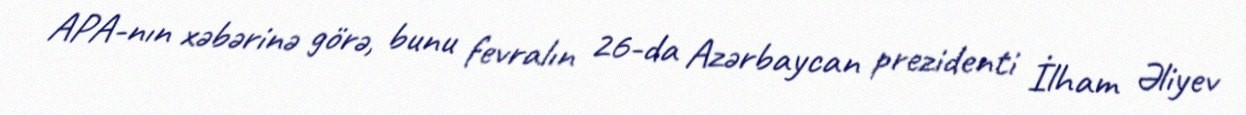
APA-nın xəbərinə görə, bunu fevralın 26-da Azərbaycan prezidenti İlham Əliyev